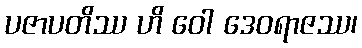
ပဇာပတိဿ ဟိ ဝေါ ဒေဝရာဇဿ၊